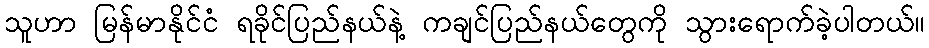
သူဟာ မြန်မာနိုင်ငံ ရခိုင်ပြည်နယ်နဲ့ ကချင်ပြည်နယ်တွေကို သွားရောက်ခဲ့ပါတယ်။